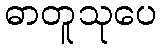
ဓာတူသုပေ